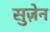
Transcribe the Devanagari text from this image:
सुज़ेन